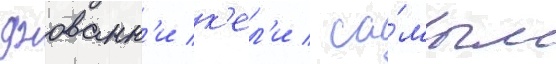
джованн'и к'ел'и / са́мым